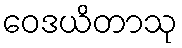
ဝေဒယိတာသု